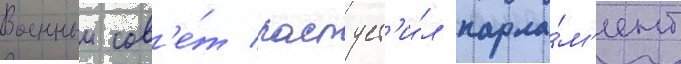
Военныи сов'е́т распуст'и́л парла́м'ент